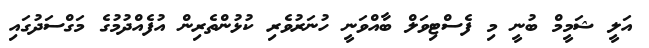
އަލީ ޝަމީމް ބުނީ މި ފެސްޓިވަލް ބާއްވަނީ ހުނަރުވެރި ކުޅުންތެރިން އުފެއްދުމުގެ މަގްސަދުގައި